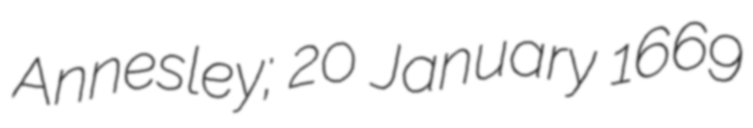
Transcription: Annesley; 20 January 1669